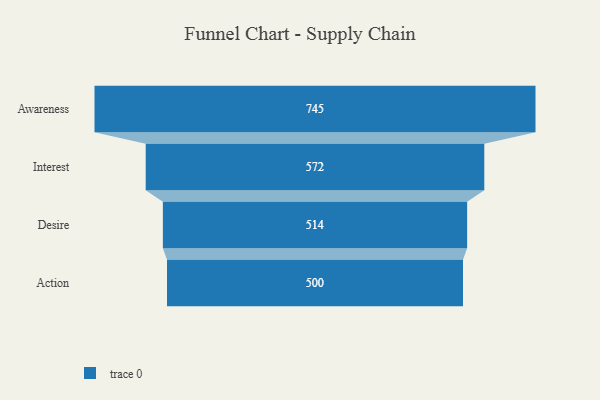
{"axis": {"x": "Stage", "y": "Value"}, "legend": [""], "data": [{"x": "Awareness", "y": 745.0, "type": ""}, {"x": "Interest", "y": 572.0, "type": ""}, {"x": "Desire", "y": 514.0, "type": ""}, {"x": "Action", "y": 500, "type": ""}]}